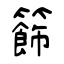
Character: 籂